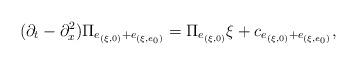
LaTeX: \begin{align*}(\partial_t - \partial_x^2)\Pi_{e_{(\xi,0)} + e_{(\xi, e_0)}} = \Pi_{e_{(\xi,0)}} \xi + c_{e_{(\xi,0)} + e_{(\xi, e_0)}},\end{align*}